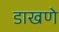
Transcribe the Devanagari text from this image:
डाखणे